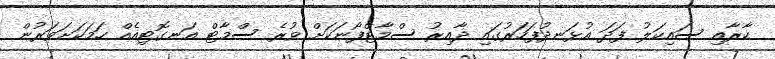
ކާރާއި ސައިކަލު ފަދަ އުޅަނދުފަހަރުގައި ދާއިރު ސްމާޓްފޯނަކަށް ވުރެ ސްމާޓް އަނގޮޓިއެއް ހަމަކަށަވަރުން